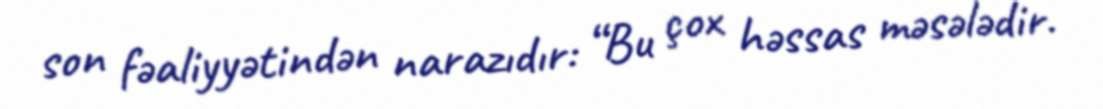
son fəaliyyətindən narazıdır: “Bu çox həssas məsələdir.